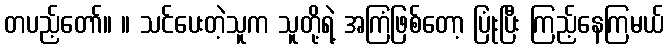
တပည့်တော်။ ။ သင်ပေးတဲ့သူက သူတို့ရဲ့ အကြံဖြစ်တော့ ပြုံးပြီး ကြည့်နေကြမယ်